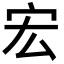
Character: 宏